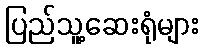
ပြည်သူ့ဆေးရုံများ